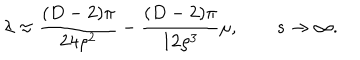
\lambda \approx \frac { ( D - 2 ) \pi } { 2 4 \rho ^ { 2 } } - \frac { ( D - 2 ) \pi } { 1 2 \rho ^ { 3 } } \mu , \qquad s \rightarrow \infty .